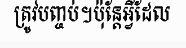
ត្រូវបញ្ចប់។ប៉ុន្តែអ្វីដែល